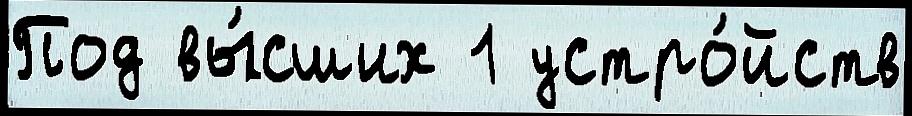
Под вы́сших 1 устро́йств